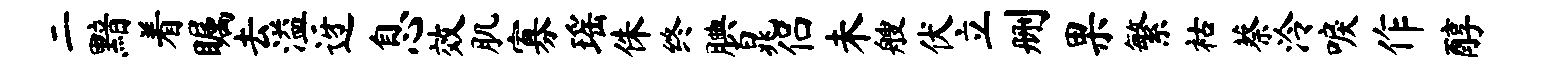
二黯着瞩去溢迓息效肌寡瑶侏终腆晁侣未艘伏立删果繁祜蔡泠唳作醇